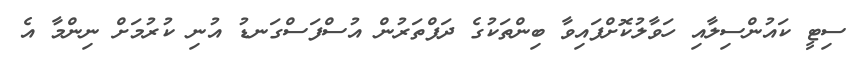
ސިޓީ ކައުންސިލާއި ހަވާލުކޮށްފައިވާ ބިންތަކުގެ ދަފްތަރުން އުސްފަސްގަނޑު އުނި ކުރުމަށް ނިންމާ އެ